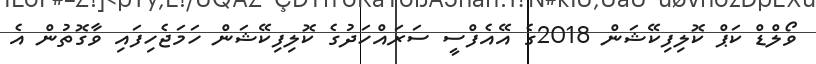
ވޯލްޑް ކަޕް ކޮލިފިކޭޝަން 2018ގެ އޭއެފްސީ ސަރައްހަދުގެ ކޮލިފިކޭޝަން ހަމަޖެހިފައި ވާގޮތުން އެ